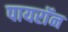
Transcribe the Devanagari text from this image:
पायराॅन